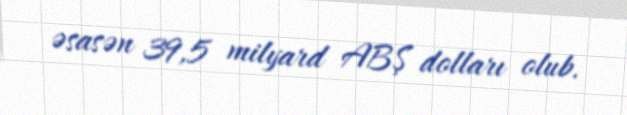
əsasən 39,5 milyard ABŞ dolları olub.